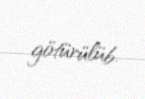
götürülüb.